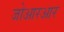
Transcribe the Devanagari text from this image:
जोआरआर